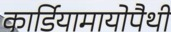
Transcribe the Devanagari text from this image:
कार्डियामायोपैथी